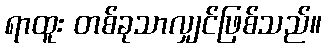
ရာထူး တစ်ခုသာလျှင်ဖြစ်သည်။